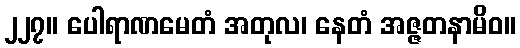
၂၂၇။ ပေါရာဏမေတံ အတုလ၊ နေတံ အဇ္ဇတနာမိဝ။